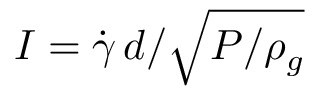
I = \dot { \gamma } \, d / \sqrt { P / \rho _ { g } }